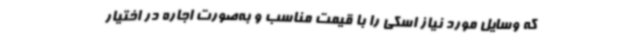
که وسایل مورد نیاز اسکی را با قیمت مناسب و به‌صورت اجاره در اختیار